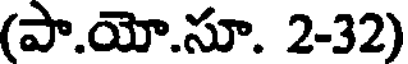
(పా.యో.సూ. 2-32)